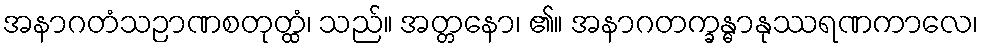
အနာဂတံသဉာဏစတုတ္ထံ၊ သည်။ အတ္တနော၊ ၏။ အနာဂတက္ခန္ဓာနုဿရဏကာလေ၊